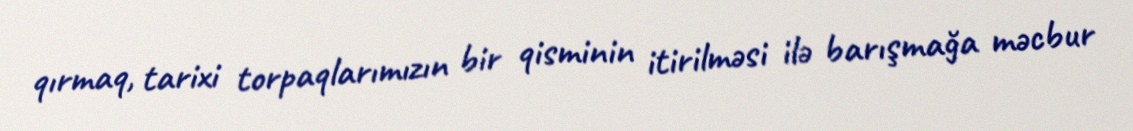
qırmaq, tarixi torpaqlarımızın bir qisminin itirilməsi ilə barışmağa məcbur